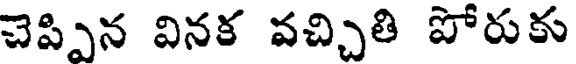
చెప్పిన వినక వచ్చితి పోరుకు